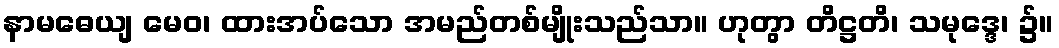
နာမဓေယျ မေဝ၊ ထားအပ်သော အမည်တစ်မျိုးသည်သာ။ ဟုတွာ တိဋ္ဌတိ၊ သမုဒ္ဒေ၊ ၌။